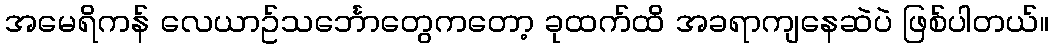
အမေရိကန် လေယာဥ်သင်္ဘောတွေကတော့ ခုထက်ထိ အခရာကျနေဆဲပဲ ဖြစ်ပါတယ်။